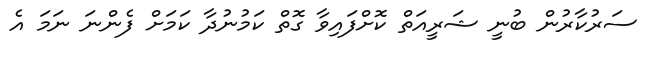
ސަރުކާރުން ބުނީ ޝަރީއަތް ކޮށްފައިވާ ގޮތް ކަމުނުދާ ކަމަށް ފެންނަ ނަމަ އެ